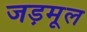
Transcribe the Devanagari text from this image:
जड़मूल